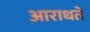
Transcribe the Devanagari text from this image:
आराधते